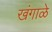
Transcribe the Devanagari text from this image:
खंगाळे